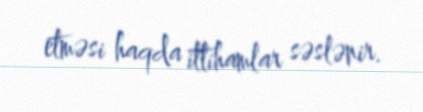
etməsi haqda ittihamlar səslənir.